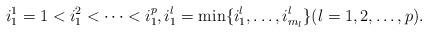
LaTeX: \begin{align*} i^1_1=1 < i^2_1 < \dotsb < i^p_1, i^l_1 = \min\{i^l_1,\dotsc,i^l_{m_l}\} (l=1,2,\dotsc,p).\end{align*}